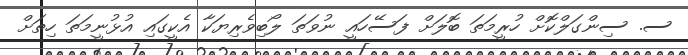
ސ. ސިންގަލްކޮށް ހުރީމަތަ ބޮލަށް ފަސޭހައީ ނުވަތަ ލޯބިވެރިޔަކާ އެކީގައި އުޅުނީމަތަ ހިތަށް